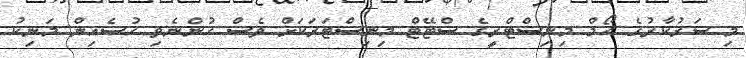
މި ސަރުކާރުގެ ހޯމް މިނިސްޓްރީގެ ސްޓޭޓް މިނިސްޓަރަކަށް ވެސް ހުންނެވި ހުސެއިން މަނިކު